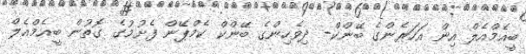
ބީއެމްއެލް އިން އަހަރެންގެ ބޭންކް- ދިވެހިންގެ ބޭންކް ކެމްޕޭން ފެށުމުގެ ގޮތުން ބީއެމްއެލް